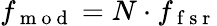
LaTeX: f_{\mathrm{~m~o~d~}}=N\cdot f_{\mathrm{~f~s~r~}}